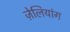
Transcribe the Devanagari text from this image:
ज़ेलियांग